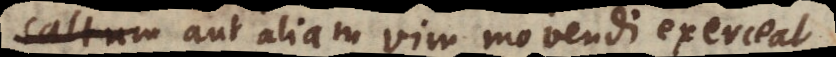
m aut aliam vim movendi exerceat